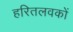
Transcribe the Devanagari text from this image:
हरितलवकों